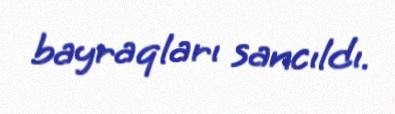
bayraqları sancıldı.